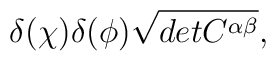
\delta (\chi) \delta(\phi) \sqrt{det C^{\alpha \beta}} ,